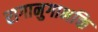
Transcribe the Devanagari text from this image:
रागानुगाभक्ति